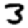
Digit: 3